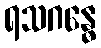
ရသဂန္ဓေ